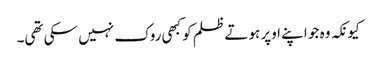
کیونکہ وہ جو اپنے اوپر ہوتے ظلم کو کبھی روک نہیں سکی تھی۔